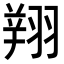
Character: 𦑒